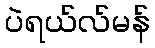
ပဲရယ်လ်မန်